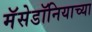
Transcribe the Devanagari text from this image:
मॅसेडॉनियाच्या